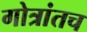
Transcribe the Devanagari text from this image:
गोत्रांतच